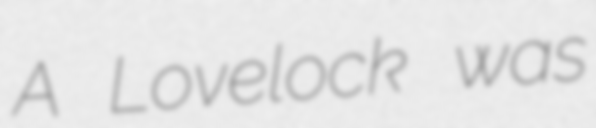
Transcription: A Lovelock was